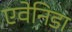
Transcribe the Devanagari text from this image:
एवेनिडा